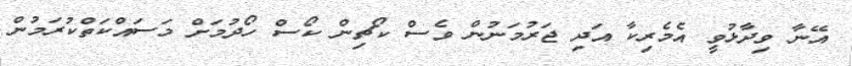
އޭނާ ވިދާޅުވީ އެމެރިކާ އަދި ޖަރުމަނުން ވެސް ކޯޗިން ކޯސް ހޯދުމަށް މަސައްކަތްކުރަމުން